Report of the Bombay Veterinary College
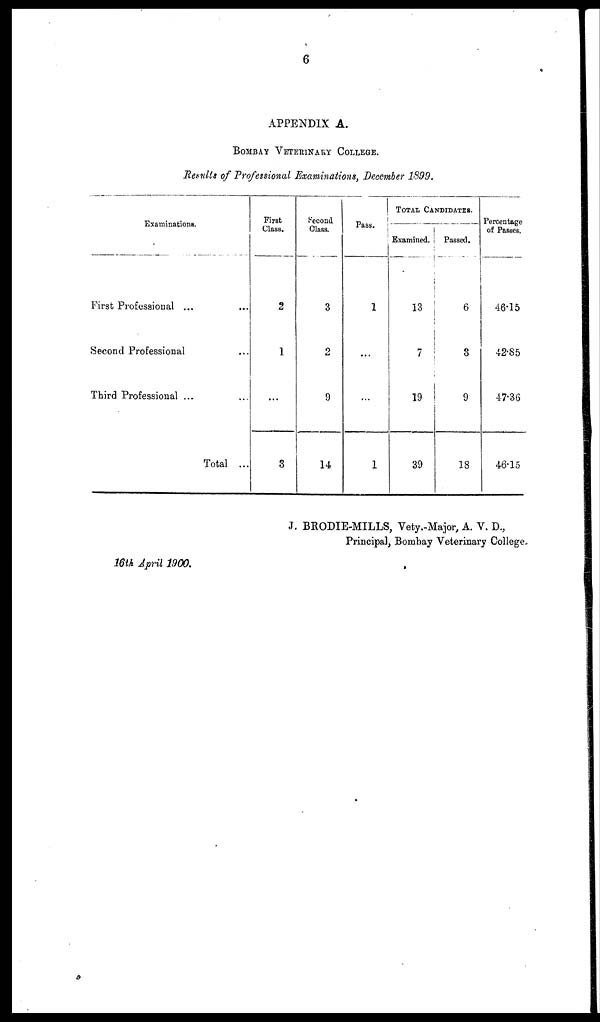
6
APPENDIX A.
BOMBAY VETERINARY COLLEGE.
Results of Professional Examinations, December 1899.
Examinations.
First Professional ...
Second Professional
Third Professional ...
Total ...
First
Class.
2
1
...
3
Second
Class.
3
2
9
14
Pass.
1
...
...
1
TOTAL CANDIDATES.
Examined.
13
7
19
39
Passed.
6
3
9
18
Percentage
of Passes.
46.15
42.85
47.36
46.15
J. BRODIE-MILLS, Vety.-Major, A. V. D.,
Principal, Bombay Veterinary College.
16th April 1900.